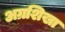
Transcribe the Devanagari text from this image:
अग्रशिखा